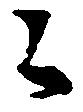
々